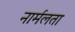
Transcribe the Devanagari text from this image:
नार्मलता